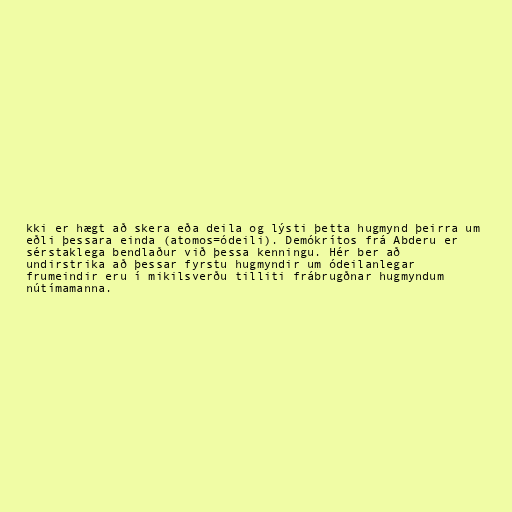
kki er hægt að skera eða deila og lýsti þetta hugmynd þeirra um
eðli þessara einda (atomos=ódeili). Demókrítos frá Abderu er
sérstaklega bendlaður við þessa kenningu. Hér ber að
undirstrika að þessar fyrstu hugmyndir um ódeilanlegar
frumeindir eru í mikilsverðu tilliti frábrugðnar hugmyndum
nútímamanna.